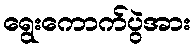
ရွေးကောက်ပွဲအား